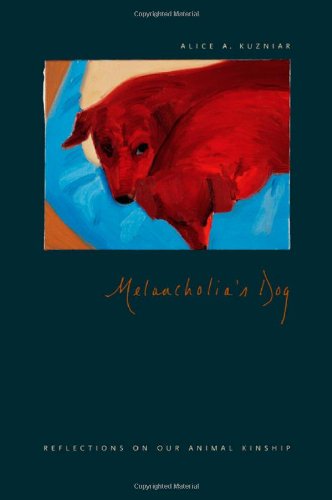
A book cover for Melancholia's Dog: Reflections on Our Animal Kinship; Alice A. Kuzniar; Crafts, Hobbies & Home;